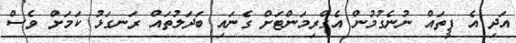
އަދި އެ ފީތައް ނުނެގުމުން އެގްރިމަންޓަށް ގެނައި ބަދަލުތައް ރަނގަޅު ކަމަށް ވެސް